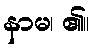
နာမ၊ ၏။